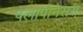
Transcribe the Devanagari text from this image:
पेलोपोनेसस्‌